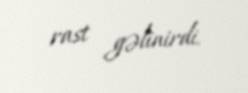
rast gəlinirdi.